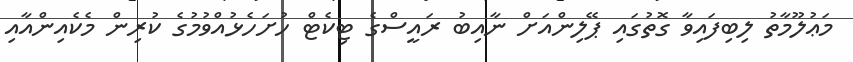
މަޢުލޫމާތު ލިބިފައިވާ ގޮތުގައި ޕޭލިންއަށް ނާއިބު ރައީސްގެ ޓިކެޓް ހުށަހެޅުއްވުމުގެ ކުރިން މެކެއިންއާއި